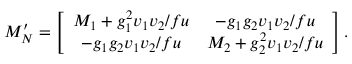
{ \cal M _ { N } ^ { \prime } } = \left[ \begin{array} { c c } { { M _ { 1 } + g _ { 1 } ^ { 2 } v _ { 1 } v _ { 2 } / f u } } & { { - g _ { 1 } g _ { 2 } v _ { 1 } v _ { 2 } / f u } } \\ { { - g _ { 1 } g _ { 2 } v _ { 1 } v _ { 2 } / f u } } & { { M _ { 2 } + g _ { 2 } ^ { 2 } v _ { 1 } v _ { 2 } / f u } } \end{array} \right] .